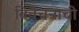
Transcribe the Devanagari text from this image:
विवेचनाची